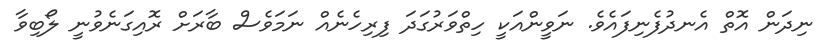
ނިދަން އޮތް އެނދުފެނިފައެވެ. ނަވީންއަކީ ހިތްވަރުގަދަ ފިރިހެނެއް ނަމަވެސް ބާރަށް ރޮއިގަނެވުނީ ލޯބިވާ